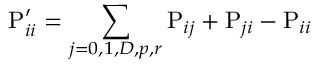
\mathrm { P } _ { i i } ^ { \prime } = \sum _ { j = 0 , 1 , D , p , r } { \mathrm { P } _ { i j } + \mathrm { P } _ { j i } - \mathrm { P } _ { i i } }